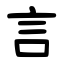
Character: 言